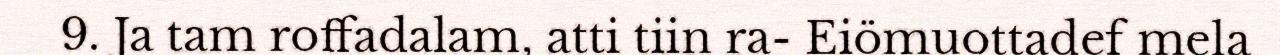
9. Ja tam roffadalam, atti tiin ra- Eiömuottadef mela